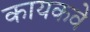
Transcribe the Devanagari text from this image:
कायकवे